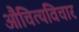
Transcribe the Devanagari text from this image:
औचित्यविचार